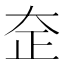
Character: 𰋞